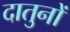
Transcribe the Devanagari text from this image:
दातुनों